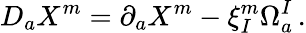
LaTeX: D_{a}X^{m}=\partial_{a}X^{m}-\xi_{I}^{m}\Omega_{a}^{I}\, .